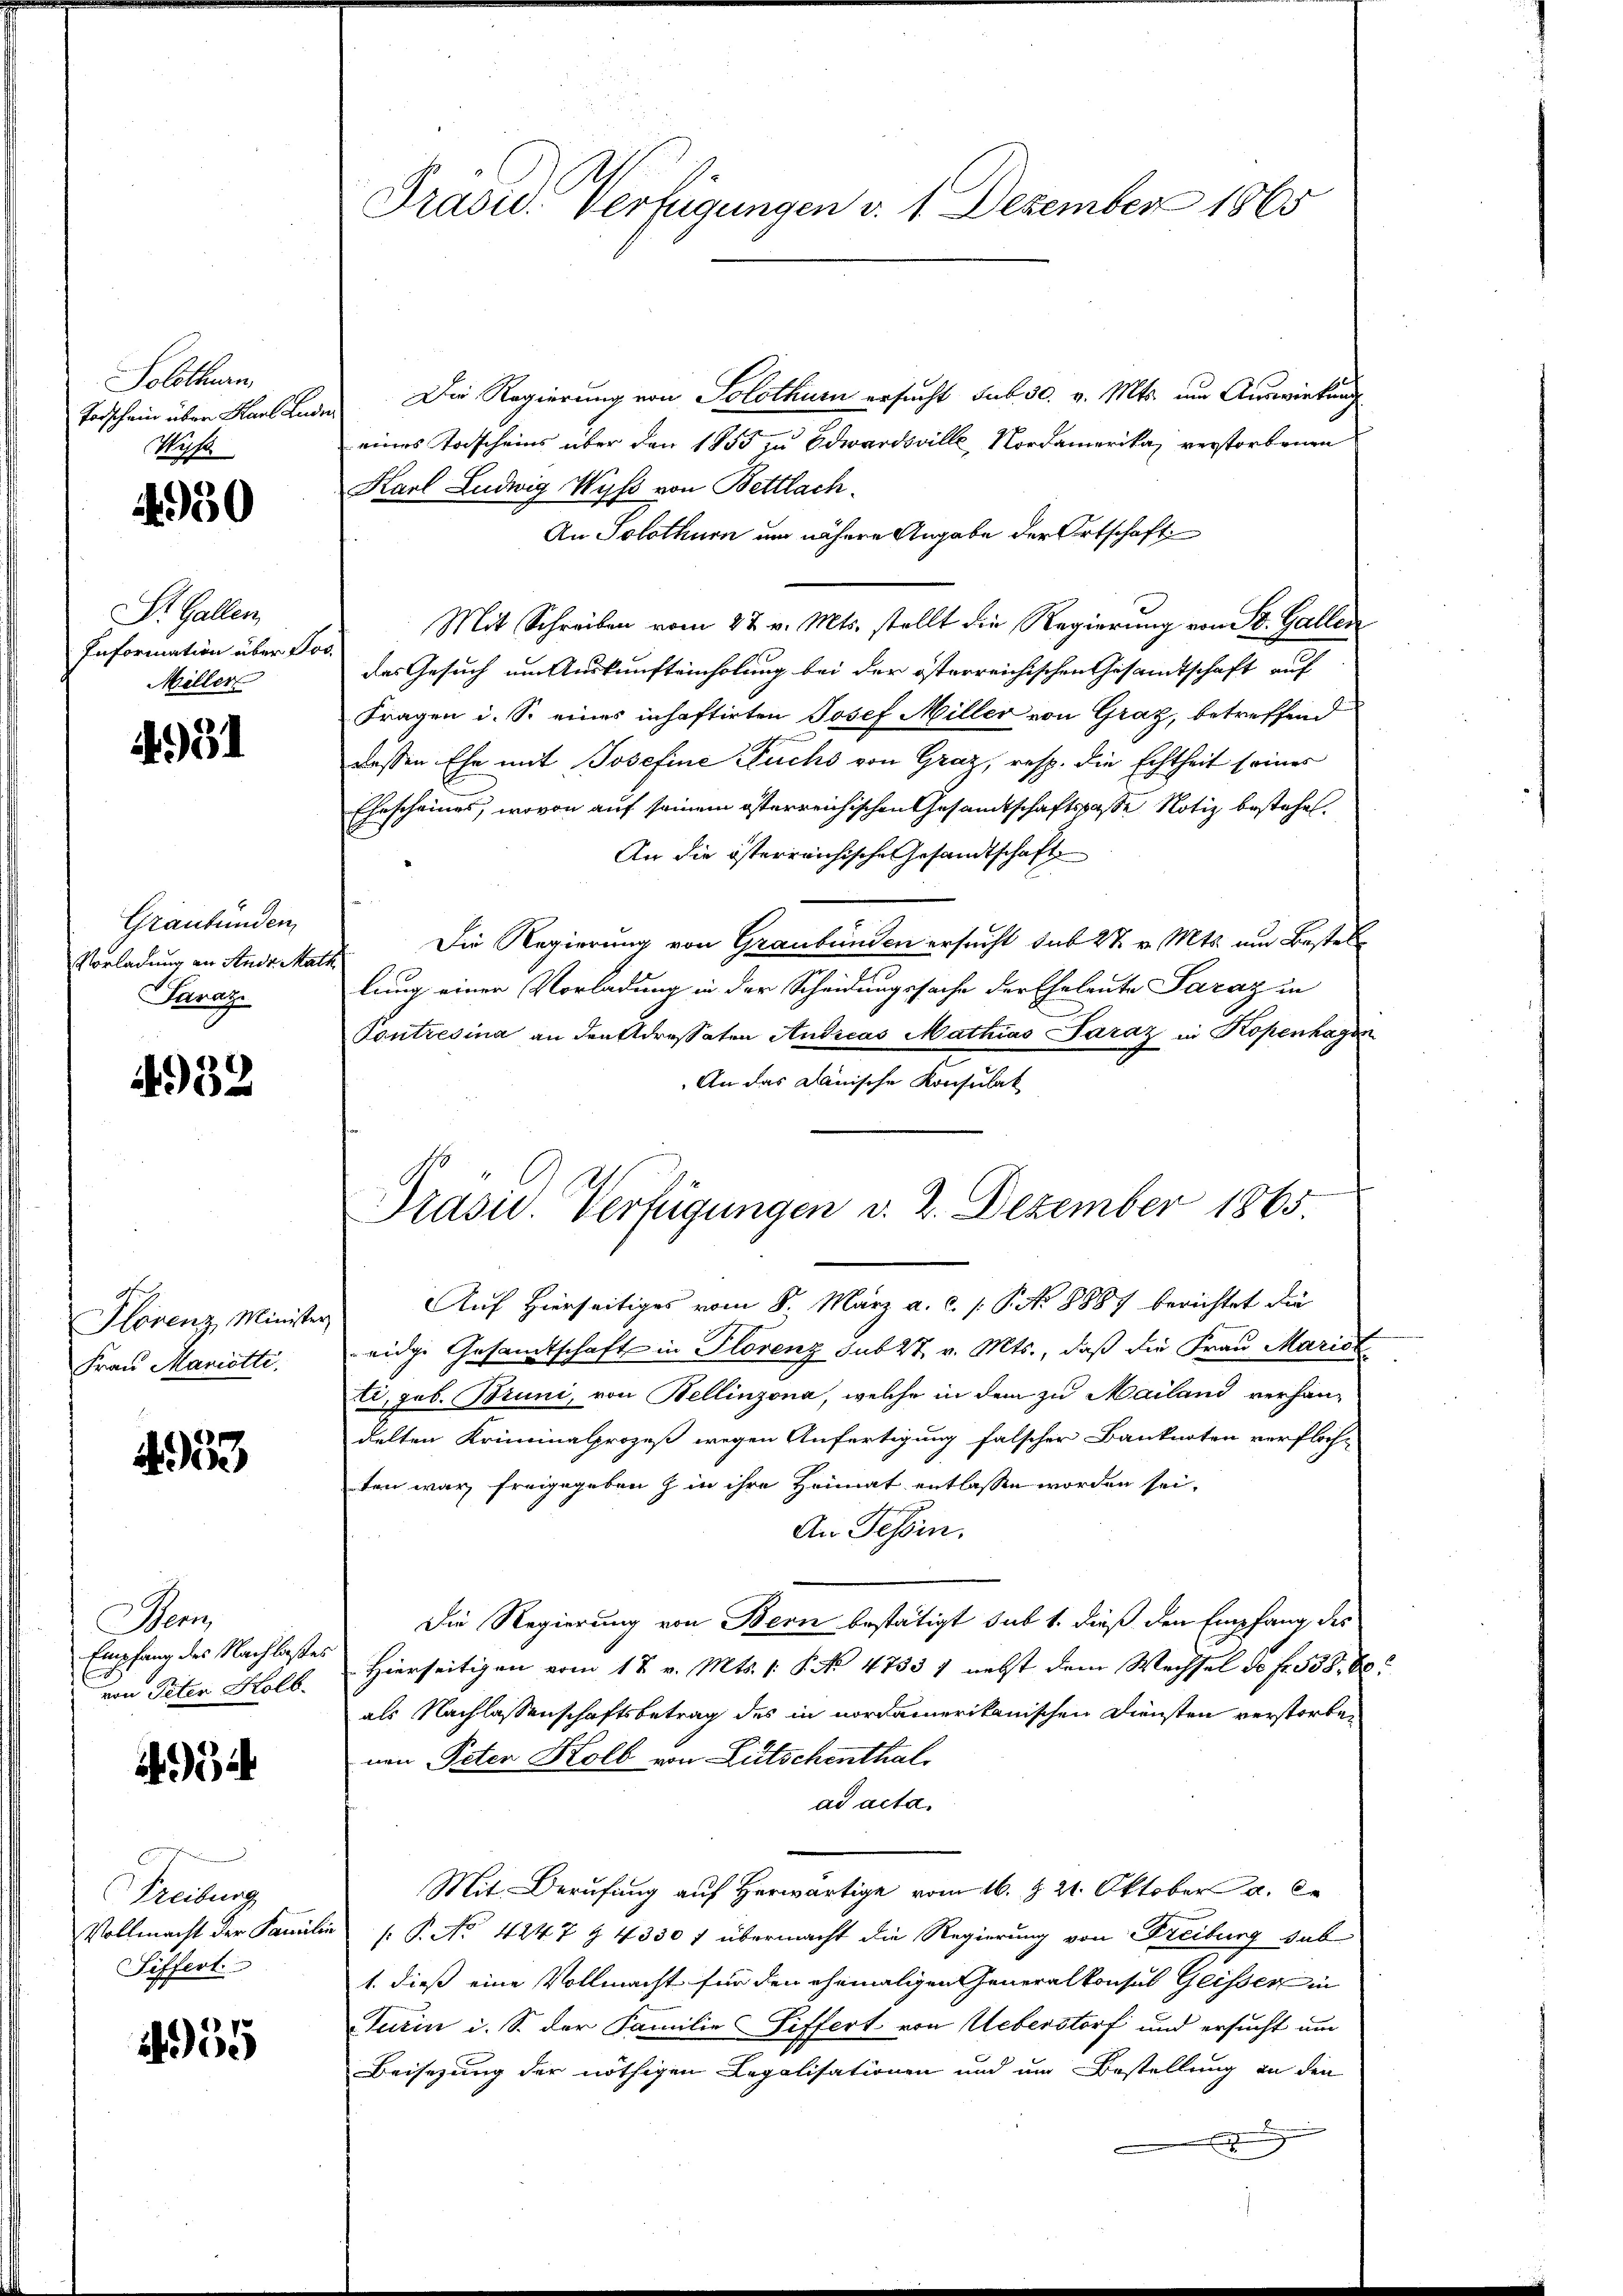
Solothurn
Todschein über Karl Lud¬
Wisse

950

St. Gallen,
Information über d
Miller

4991

Graubünden
Vorladung an Andr. Ma
Saraz

4932

Plovenz, Ministr.
Frau Mariette.

N. 953

Bern,
Empfang des Nachlaste
von Peter Holb.

934

Treibung
Vollmacht der Famili
Siffert.

55

Präsid. Verfügungen v. 1. Dezember 1865.

Die Regierung von Solothurn ersucht sub 30. v. Mts. um Auswirkung
eines Todscheins über den 1855 zu Edwardsville Nordamerika, verstorbenen
Karl Ludwig Wyss von Bettlach.
An Solothurn um nähere Angabe der Ortschaft
Mit Schreiben vom 27. v. Mts. stellt die Regierung von St. Gallen
das Gesuch um Auskunfteinholung bei der österreichischen Gesamtschaft auf
Fragen i. S. eines inhaftirten Josef Miller von Graz, betreffend
dessen Ehe mit Josefine Fuchs von Graz, resp. die Echtheit seiner
Ehescheines, wovon auf seinem österreichischen Gesandtschaftspasse Notiz bestehet.
An die österreichische Gesandtschaft
Die Regierung von Graubünden ersucht sub 27. v. Mts. um Bestellung einer Vorladung in der Scheidungssache der Eheleute Saraz in
Pontresina an den Adressaten Andreas Mathias Saraz in Kopenhagen
An das Danische Konsulat
Präsid. Verfügungen d. 2. Dezember 1865

Auf Hierseitiges vom 8. März a. c. p. P. No 8887 berichtet die
eidge Gesandtschaft in Florenz sub 27. v. Mts., daß die Frau Marist
ti, geb. Bruni, von Bellinzona, welche in dem zu Mailand verhändelten Kriminalprozeß wegen Anfertigung falscher Banknoten verfloch-
ten war freigegeben z in ihre Heimat entlassen worden sei.
An Tessin.
Die Regierung von Bern bestätigt sub 1. dieß den Empfang des
Hierseitigen vom 1t v. Mts. /: P. Nr. 4733) nebst dem Wechsel de fr. 538. 60
als Nachlassenschaftsbetrag des in nordamerikanischen Diensten verstorben
nen Peter Kolb von Lutschenthal
ad acta.
Mit Berufung auf herwärtige vom 16. d. 21. Oktober a. de
: P. No 4247 § 4330 f übermacht die Regierung von Freiburg sab
1. dieß eine Vollmacht für den ehemaligen Generalkonsul Geisser in
Turin i. S. der Familie Siffert von Ueberstorf und ersucht um
Beisezung der nöthigen Legalisationen und um Bestellung an den
.